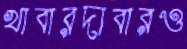
খাবারদাবারও